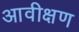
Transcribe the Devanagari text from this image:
आवीक्षण